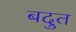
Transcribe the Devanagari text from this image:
बदुत